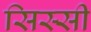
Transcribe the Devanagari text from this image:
सिस्सी